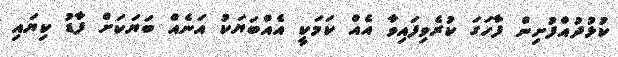
ކުޅުދުއްފުށިން ފާހަގަ ކުރެވިފައިވާ އެއް ކަމަކީ އެއްބަޔަކު އަނެއް ބަޔަކަށް ފާޑު ކިޔައި